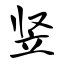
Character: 竖